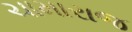
ચામારાજ